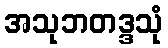
အသုဘတဒ္ဒသုံ